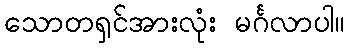
သောတရှင်အားလုံး မင်္ဂလာပါ။